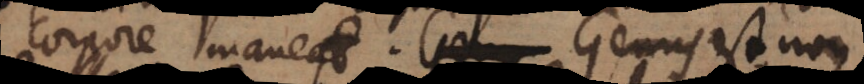
corpore maneat. Genus est non